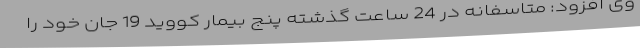
وی افزود: متاسفانه در 24 ساعت گذشته پنج بیمار کووید 19 جان خود را